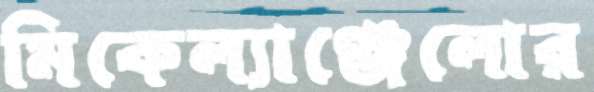
মিকেল্যাঞ্জেলোর